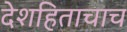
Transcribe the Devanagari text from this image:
देशहिताचाच